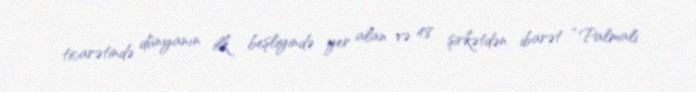
ticarətində dünyanın ilk beşliyində yer alan və 48 şirkətdən ibarət “Palmali